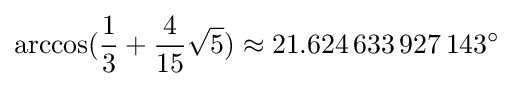
\arccos({\frac {1}{3}}+{\frac {4}{15}}{\sqrt {5}})\approx 21.624\,633\,927\,143^{\circ }